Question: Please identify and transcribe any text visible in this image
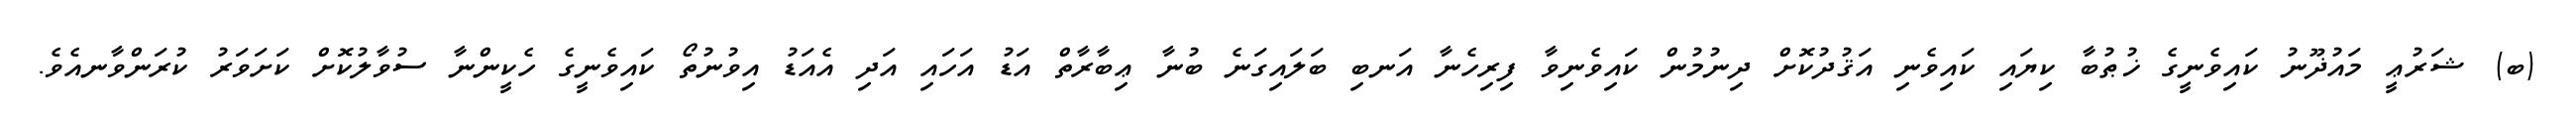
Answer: (ބ) ޝަރުޢީ މައުޛޫނު ކައިވެނީގެ ޚުޠުބާ ކިޔައި ކައިވެނި އަޤުދުކޮށް ދިނުމުން ކައިވެނިވާ ފިރިހެނާ އަނބި ބަލައިގަނެ ބުނާ ޢިބާރާތް އަޑު އަހައި އަދި އެއަޑު އިވުނުތޯ ކައިވެނީގެ ހެކީންނާ ސުވާލުކޮށް ކަށަވަރު ކުރަންވާނއެވެ.